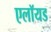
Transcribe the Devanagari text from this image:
एलॉयड